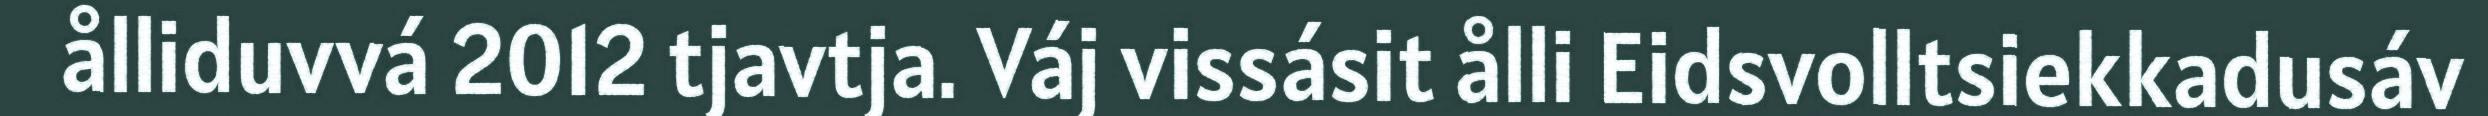
ålliduvvá 2012 tjavtja. Váj vissásit ålli Eidsvolltsiekkadusáv